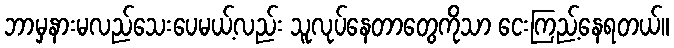
ဘာမှနားမလည်သေးပေမယ့်လည်း သူလုပ်နေတာတွေကိုသာ ငေးကြည့်နေရတယ်။